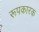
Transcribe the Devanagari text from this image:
रूपकारक